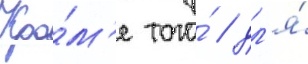
Кро́м'е того́ / дл'я́